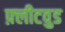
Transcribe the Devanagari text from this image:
फ़्लीटवुड